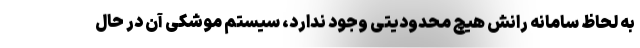
به لحاظ سامانه رانش هیچ محدودیتی وجود ندارد، سیستم موشکی آن در حال